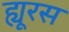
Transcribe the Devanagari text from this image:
ह्यूरस